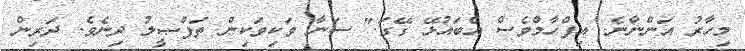
މިހާރު އަންނާނެ. އިފްހާމްވެސް އެބައުޅޭ ގޭގަ." ސަނާ ވަކިވަކިން ތަފްޞީލު ދިނެވެ. ދަރިން